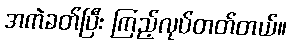
အကဲခတ်ပြီး ကြည့်လုပ်တတ်တယ်။